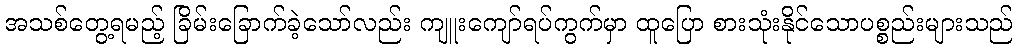
အသစ်တွေ့ရမည့် ခြိမ်းခြောက်ခဲ့သော်လည်း ကျူးကျော်ရပ်ကွက်မှာ ထူပြော စားသုံးနိုင်သောပစ္စည်းများသည်